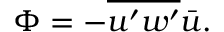
\Phi = - \overline { { u ^ { \prime } w ^ { \prime } } } \bar { u } .